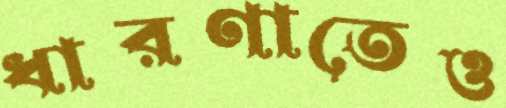
ধারণাতেও